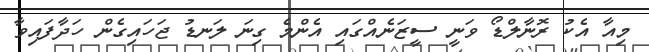
މިއާ އެކު ރޮނާލްޑޯ ވަނީ ސީޒަނެއްގައި އެންމެ ގިނަ ލަނޑު ޖަަހައިގެން ހަދާފައިވާ